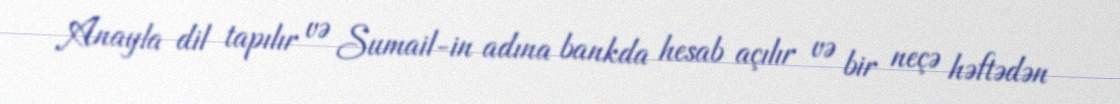
Anayla dil tapılır və Sumail-in adına bankda hesab açılır və bir neçə həftədən